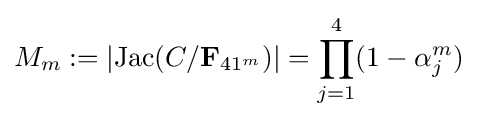
M_{m}:=|{\text{Jac}}(C/{\bf {F}}_{41^{m}})|=\prod _{j=1}^{4}(1-\alpha _{j}^{m})